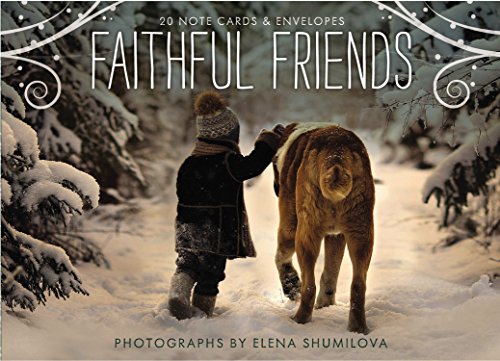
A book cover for Faithful Friends: 20 Note Cards & Envelopes; Elena Shumilova; Arts & Photography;